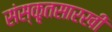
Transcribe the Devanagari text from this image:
संस्कृतसारखी